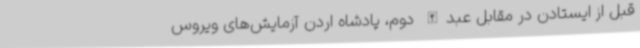
قبل از ایستادن در مقابل عبدالله دوم، پادشاه اردن آزمایش‌های ویروس